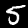
Label: 5